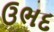
ઉભદ